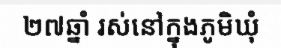
២៧ឆ្នាំ រស់នៅក្នុងភូមិឃុំ